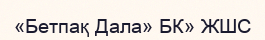
«Бетпақ Дала» БК» ЖШС